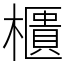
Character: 櫃